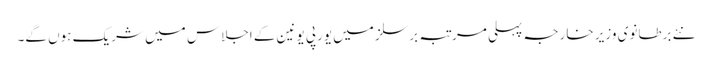
نئے برطانوی وزیر خارجہ پہلی مرتبہ برسلز میں یورپی یونین کے اجلاس میں شریک ہوں گے۔